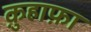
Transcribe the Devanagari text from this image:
क़ुहाफ़ा